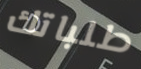
طلباتك